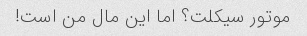
موتور سیکلت؟ اما این مال من است!